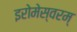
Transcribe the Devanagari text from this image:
इरोमेस्वरम्